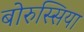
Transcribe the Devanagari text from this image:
बोरुस्सिया